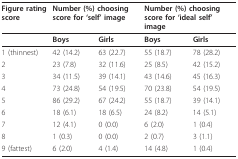
<table><thead><tr><td><b>Figure rating score</b></td><td colspan="2"><b>Number (%) choosing score for &#x27;self&#x27; image</b></td><td colspan="2"><b>Number (%) choosing score for &#x27;ideal self&#x27; image</b></td></tr></thead><tbody><tr><td></td><td><b>Boys</b></td><td><b>Girls</b></td><td><b>Boys</b></td><td><b>Girls</b></td></tr><tr><td>1 (thinnest)</td><td>42 (14.2)</td><td>63 (22.7)</td><td>55 (18.7)</td><td>78 (28.2)</td></tr><tr><td>2</td><td>23 (7.8)</td><td>32 (11.6)</td><td>25 (8.5)</td><td>42 (15.2)</td></tr><tr><td>3</td><td>34 (11.5)</td><td>39 (14.1)</td><td>43 (14.6)</td><td>45 (16.3)</td></tr><tr><td>4</td><td>73 (24.8)</td><td>54 (19.5)</td><td>70 (23.8)</td><td>54 (19.5)</td></tr><tr><td>5</td><td>86 (29.2)</td><td>67 (24.2)</td><td>55 (18.7)</td><td>39 (14.1)</td></tr><tr><td>6</td><td>18 (6.1)</td><td>18 (6.5)</td><td>24 (8.2)</td><td>14 (5.1)</td></tr><tr><td>7</td><td>12 (4.1)</td><td>0 (0.0)</td><td>6 (2.0)</td><td>1 (0.4)</td></tr><tr><td>8</td><td>1 (0.3)</td><td>0 (0.0)</td><td>2 (0.7)</td><td>3 (1.1)</td></tr><tr><td>9 (fattest)</td><td>6 (2.0)</td><td>4 (1.4)</td><td>14 (4.8)</td><td>1 (0.4)</td></tr></tbody></table>